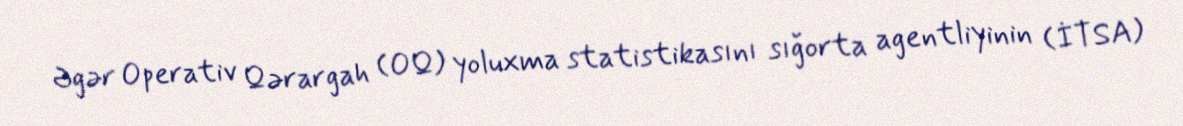
Əgər Operativ Qərargah (OQ) yoluxma statistikasını sığorta agentliyinin (İTSA)